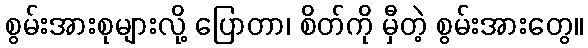
စွမ်းအားစုများလို့ ပြောတာ၊ စိတ်ကို မှီတဲ့ စွမ်းအားတွေ။